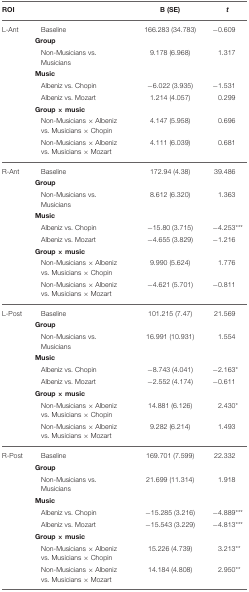
<table><thead><tr><td><b>ROI</b></td><td></td><td><b>B (SE)</b></td><td><b><i>t</i></b></td></tr></thead><tbody><tr><td>L-Ant</td><td>Baseline</td><td>166.283 (34.783)</td><td>−0.609</td></tr><tr><td colspan="3"><b>Group</b></td><td></td></tr><tr><td></td><td>Non-Musicians vs. Musicians</td><td>9.178 (6.968)</td><td>1.317</td></tr><tr><td colspan="3"><b>Music</b></td><td></td></tr><tr><td></td><td>Albeniz vs. Chopin</td><td>−6.022 (3.935)</td><td>−1.531</td></tr><tr><td></td><td>Albeniz vs. Mozart</td><td>1.214 (4.057)</td><td>0.299</td></tr><tr><td colspan="3"><b>Group</b> × <b>music</b></td><td></td></tr><tr><td></td><td>Non-Musicians × Albeniz vs. Musicians × Chopin</td><td>4.147 (5.958)</td><td>0.696</td></tr><tr><td></td><td>Non-Musicians × Albeniz vs. Musicians × Mozart</td><td>4.111 (6.039)</td><td>0.681</td></tr><tr><td>R-Ant</td><td>Baseline</td><td>172.94 (4.38)</td><td>39.486</td></tr><tr><td colspan="3"><b>Group</b></td><td></td></tr><tr><td></td><td>Non-Musicians vs. Musicians</td><td>8.612 (6.320)</td><td>1.363</td></tr><tr><td colspan="3"><b>Music</b></td><td></td></tr><tr><td></td><td>Albeniz vs. Chopin</td><td>−15.80 (3.715)</td><td>−4.253<sup>***</sup></td></tr><tr><td></td><td>Albeniz vs. Mozart</td><td>−4.655 (3.829)</td><td>−1.216</td></tr><tr><td colspan="3"><b>Group</b> × <b>music</b></td><td></td></tr><tr><td></td><td>Non-Musicians × Albeniz vs. Musicians × Chopin</td><td>9.990 (5.624)</td><td>1.776</td></tr><tr><td></td><td>Non-Musicians × Albeniz vs. Musicians × Mozart</td><td>−4.621 (5.701)</td><td>−0.811</td></tr><tr><td>L-Post</td><td>Baseline</td><td>101.215 (7.47)</td><td>21.569</td></tr><tr><td colspan="3"><b>Group</b></td><td></td></tr><tr><td></td><td>Non-Musicians vs. Musicians</td><td>16.991 (10.931)</td><td>1.554</td></tr><tr><td colspan="3"><b>Music</b></td><td></td></tr><tr><td></td><td>Albeniz vs. Chopin</td><td>−8.743 (4.041)</td><td>−2.163<sup>*</sup></td></tr><tr><td></td><td>Albeniz vs. Mozart</td><td>−2.552 (4.174)</td><td>−0.611</td></tr><tr><td colspan="3"><b>Group</b> × <b>music</b></td><td></td></tr><tr><td></td><td>Non-Musicians × Albeniz vs. Musicians × Chopin</td><td>14.881 (6.126)</td><td>2.430<sup>*</sup></td></tr><tr><td></td><td>Non-Musicians × Albeniz vs. Musicians × Mozart</td><td>9.282 (6.214)</td><td>1.493</td></tr><tr><td>R-Post</td><td>Baseline</td><td>169.701 (7.599)</td><td>22.332</td></tr><tr><td colspan="3"><b>Group</b></td><td></td></tr><tr><td></td><td>Non-Musicians vs. Musicians</td><td>21.699 (11.314)</td><td>1.918</td></tr><tr><td colspan="3"><b>Music</b></td><td></td></tr><tr><td></td><td>Albeniz vs. Chopin</td><td>−15.285 (3.216)</td><td>−4.889<sup>***</sup></td></tr><tr><td></td><td>Albeniz vs. Mozart</td><td>−15.543 (3.229)</td><td>−4.813<sup>***</sup></td></tr><tr><td colspan="3"><b>Group</b> × <b>music</b></td><td></td></tr><tr><td></td><td>Non-Musicians × Albeniz vs. Musicians × Chopin</td><td>15.226 (4.739)</td><td>3.213<sup>**</sup></td></tr><tr><td></td><td>Non-Musicians × Albeniz vs. Musicians × Mozart</td><td>14.184 (4.808)</td><td>2.950<sup>**</sup></td></tr></tbody></table>